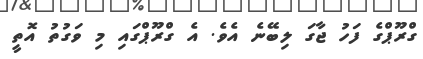
ގްރޫޕްގެ ފަހު ޖާގަ ލިބޭނެ އެވެ. އެ ގްރޫޕްގައި މި ވަގުތު އޮތީ